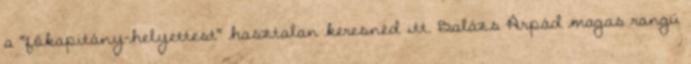
a "főkapitány-helyettest" hasztalan keresnéd itt. Balázs Árpád magas rangú